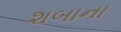
શબાના